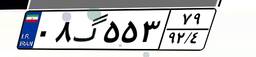
۰۸گ۵۵۳۷۹